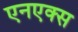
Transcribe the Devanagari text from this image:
एनएक्स